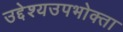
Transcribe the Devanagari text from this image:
उद्देश्यउपभोक्ता